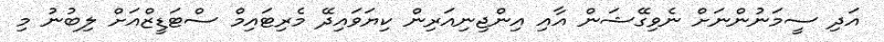
އަދި ސީމަނުންނަށް ނެވިގޭޝަން އާއި އިންޖިނިއަރިން ކިޔަވައިދޭ މެރިޓައިމް ސްޓަޑީޒްއަށް ލިބުނު މި